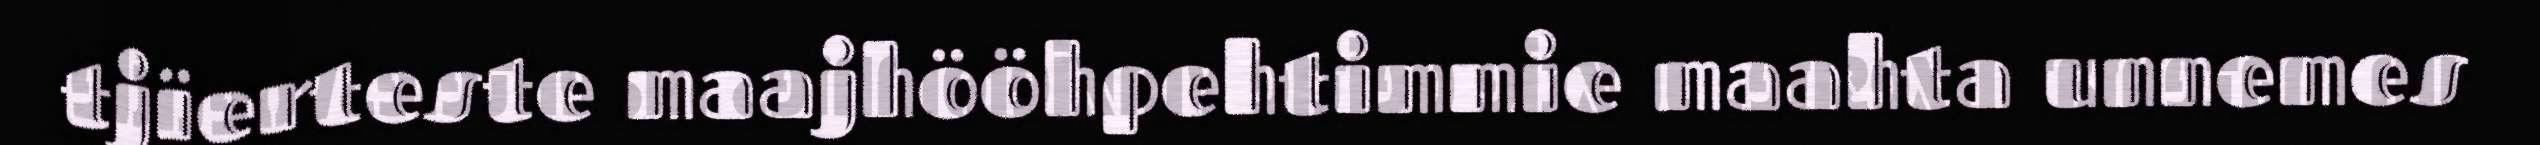
tjïerteste maajhööhpehtimmie maahta unnemes